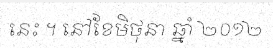
នេះ ។ នៅខែមិថុនា ឆ្នាំ ២០១២